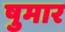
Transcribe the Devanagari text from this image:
षुमार